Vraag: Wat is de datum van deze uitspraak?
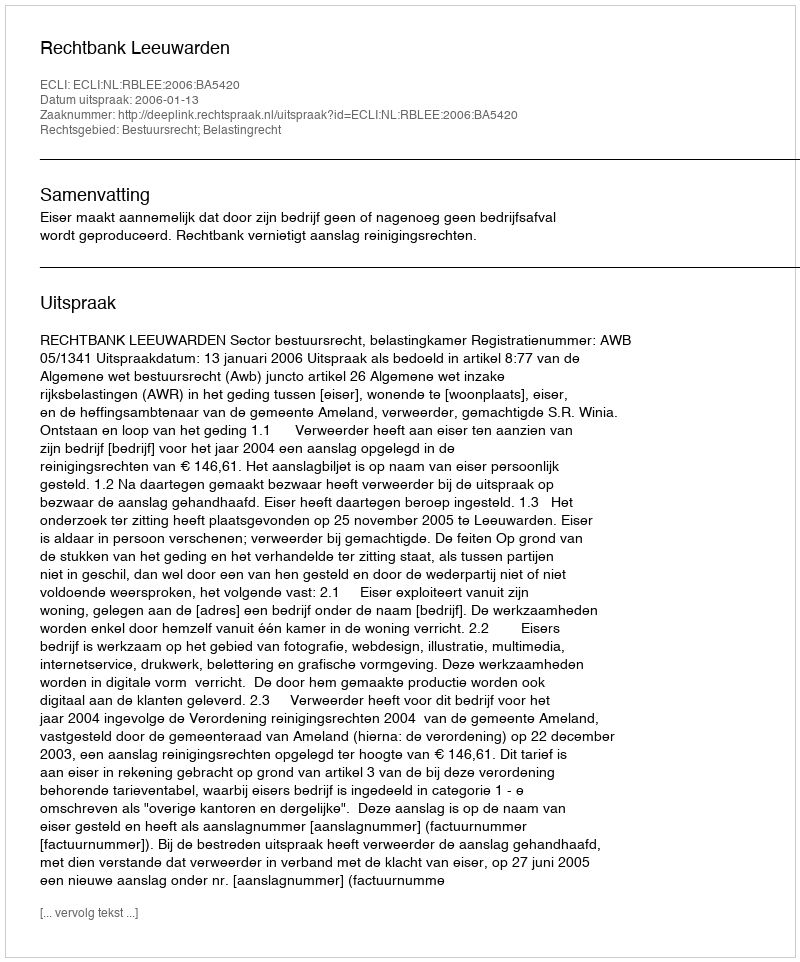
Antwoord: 2006-01-13